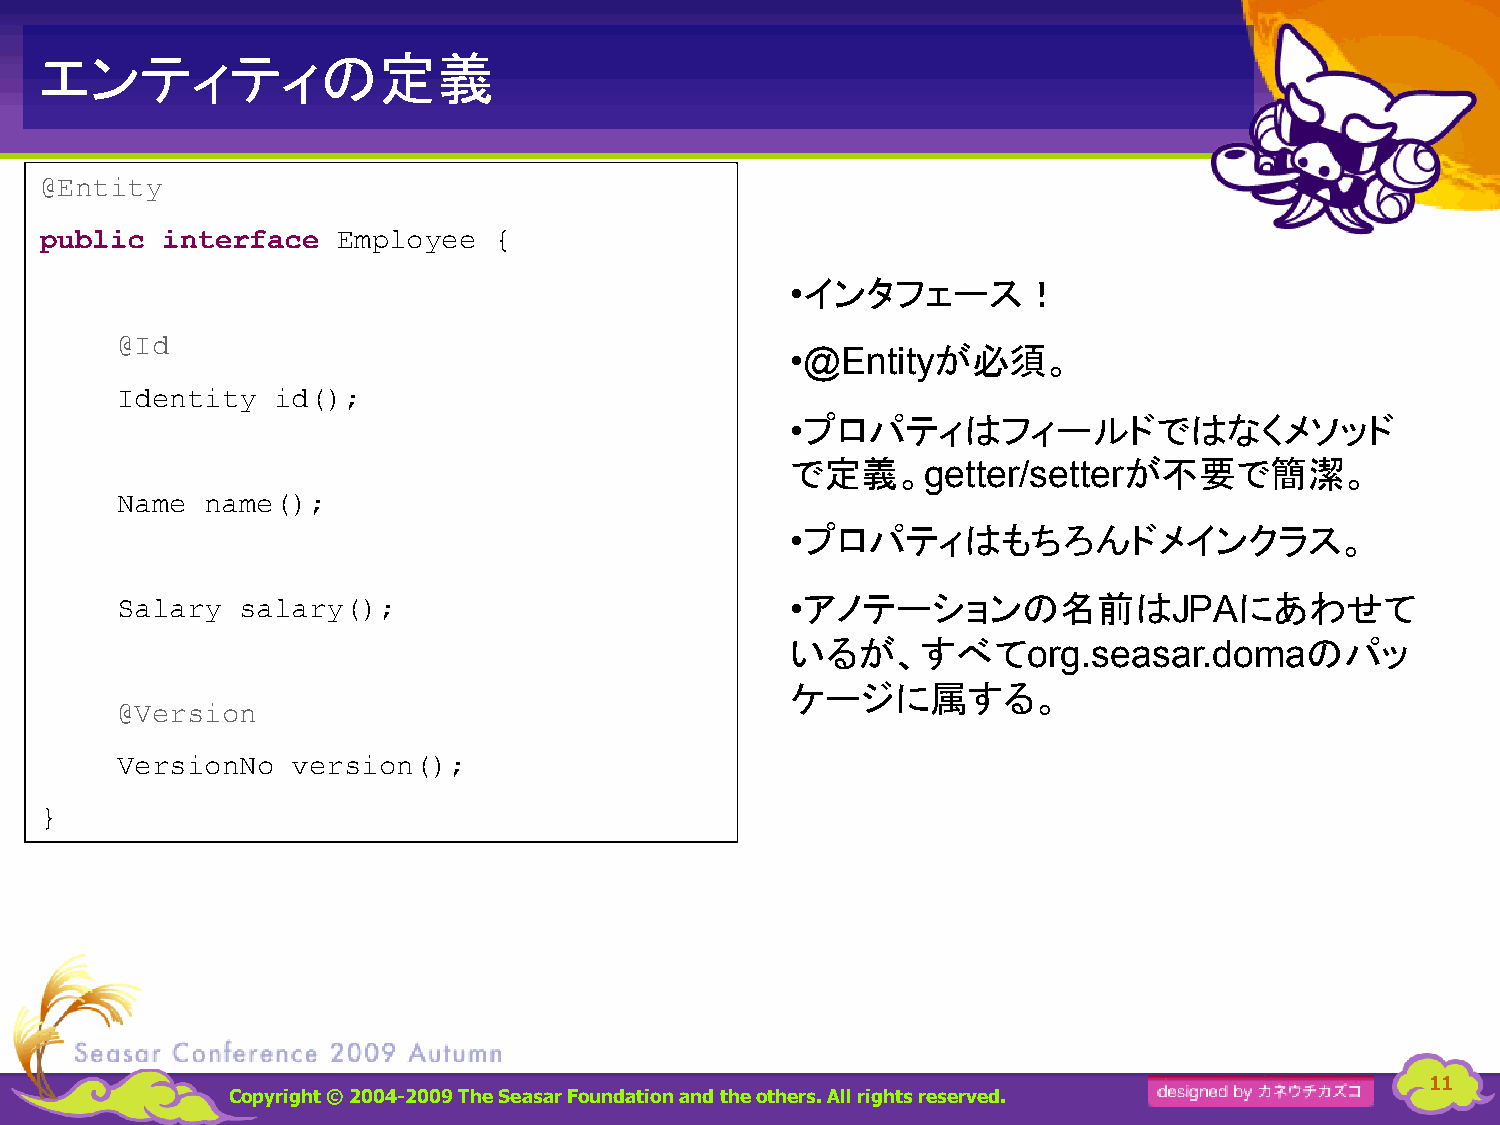
エンティティの定義
 @Entity
 public  interface  Employee   {
 インタフェース！
 •
 @Id                                         •@Entityが必須。
 Identity  id();
 プロパティはフィールドではなくメソッド
 •
 で定義。                  が不要で簡潔。
 getter/setter
 Name  name();
 プロパティはもちろんドメインクラス。
 •
 アノテーションの名前は                  にあわせて
 •                         JPA
 Salary  salary();
 いるが、すべて                           のパッ
 org.seasar.doma
 ケージに属する。
 @Version
 VersionNo  version();
 }
 11
 Copyright © 2004-2009 The Seasar Foundationand the others. All rights reserved.